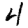
Digit: 4